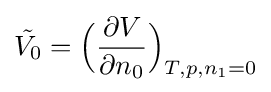
{\tilde {V_{0}}}={\Big (}{\frac {\partial V}{\partial n_{0}}}{\Big )}_{T,p,n_{1}=0}